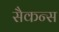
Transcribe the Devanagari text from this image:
सैकन्स